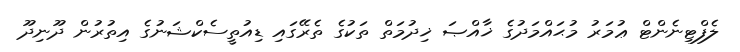
ލެފްޓިނެންޓް ޢުމަރު މުޙައްމަދުގެ ޚާއްޞަ ޚިދުމަތް ތަކުގެ ތެރޭގައި ޑިއުތީސެކްޝަނުގެ އިތުރުން ދޫނިދޫ